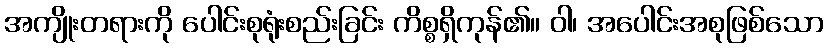
အကျိုးတရားကို ပေါင်းစုရုံးစည်းခြင်း ကိစ္စရှိကုန်၏။ ဝါ၊ အပေါင်းအစုဖြစ်သော